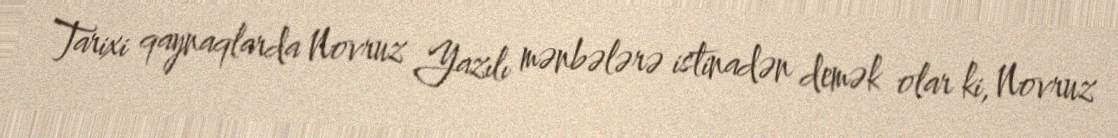
Tarixi qaynaqlarda Novruz Yazılı mənbələrə istinadən demək olar ki, Novruz